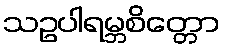
သဥပါရမ္ဘစိတ္တော